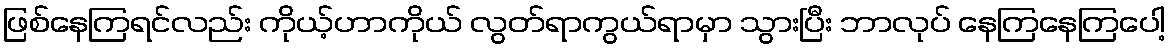
ဖြစ်နေကြရင်လည်း ကိုယ့်ဟာကိုယ် လွတ်ရာကွယ်ရာမှာ သွားပြီး ဘာလုပ် နေကြနေကြပေါ့